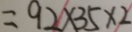
= 9 2 \times 3 5 \times 2